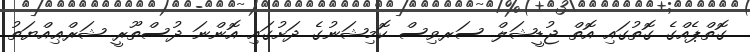
ގޮތްޕެއްގެ ގޮތުގައި އޮތް ޖުޑީޝަލް ސަރވިސް ކޮމިޝަނުގެ ދަށުގައި އޮންނަ ދުސްތޫރީ ޝަރްޢިއްޔަތު